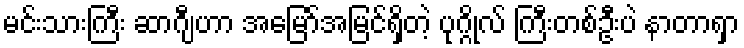
မင်းသားကြီး ဆာဂျီဟာ အမြော်အမြင်ရှိတဲ့ ပုဂ္ဂိုလ် ကြီးတစ်ဦးပဲ နာတာရှာ